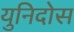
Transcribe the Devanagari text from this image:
युनिदोस